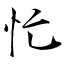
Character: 忙